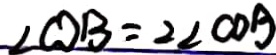
\angle C D B = 2 \angle C O B